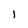
Character: l